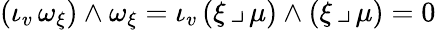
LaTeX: (\iota_{v}\, \omega_{\xi})\wedge\omega_{\xi}=\iota_{v}\, (\xi\, \lrcorner\, \mu)\wedge(\xi\, \lrcorner\, \mu)=0